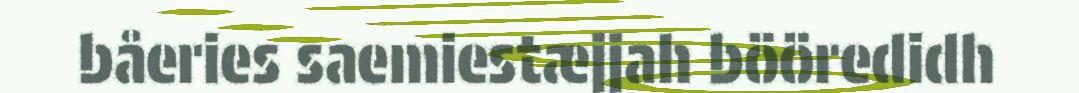
båeries saemiestæjjah bööredidh